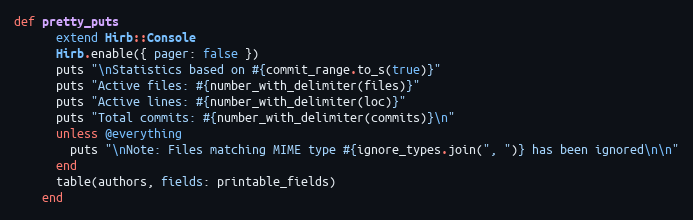
Language: Ruby
def pretty_puts
      extend Hirb::Console
      Hirb.enable({ pager: false })
      puts "\nStatistics based on #{commit_range.to_s(true)}"
      puts "Active files: #{number_with_delimiter(files)}"
      puts "Active lines: #{number_with_delimiter(loc)}"
      puts "Total commits: #{number_with_delimiter(commits)}\n"
      unless @everything
        puts "\nNote: Files matching MIME type #{ignore_types.join(", ")} has been ignored\n\n"
      end
      table(authors, fields: printable_fields)
    end